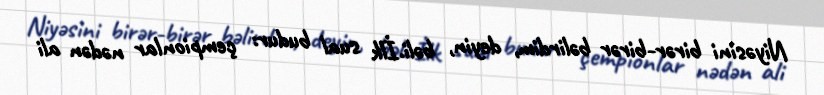
Niyəsini birər-birər bəlirdim, deyin, bəli.İlk sual budur: çempionlar nədən ali